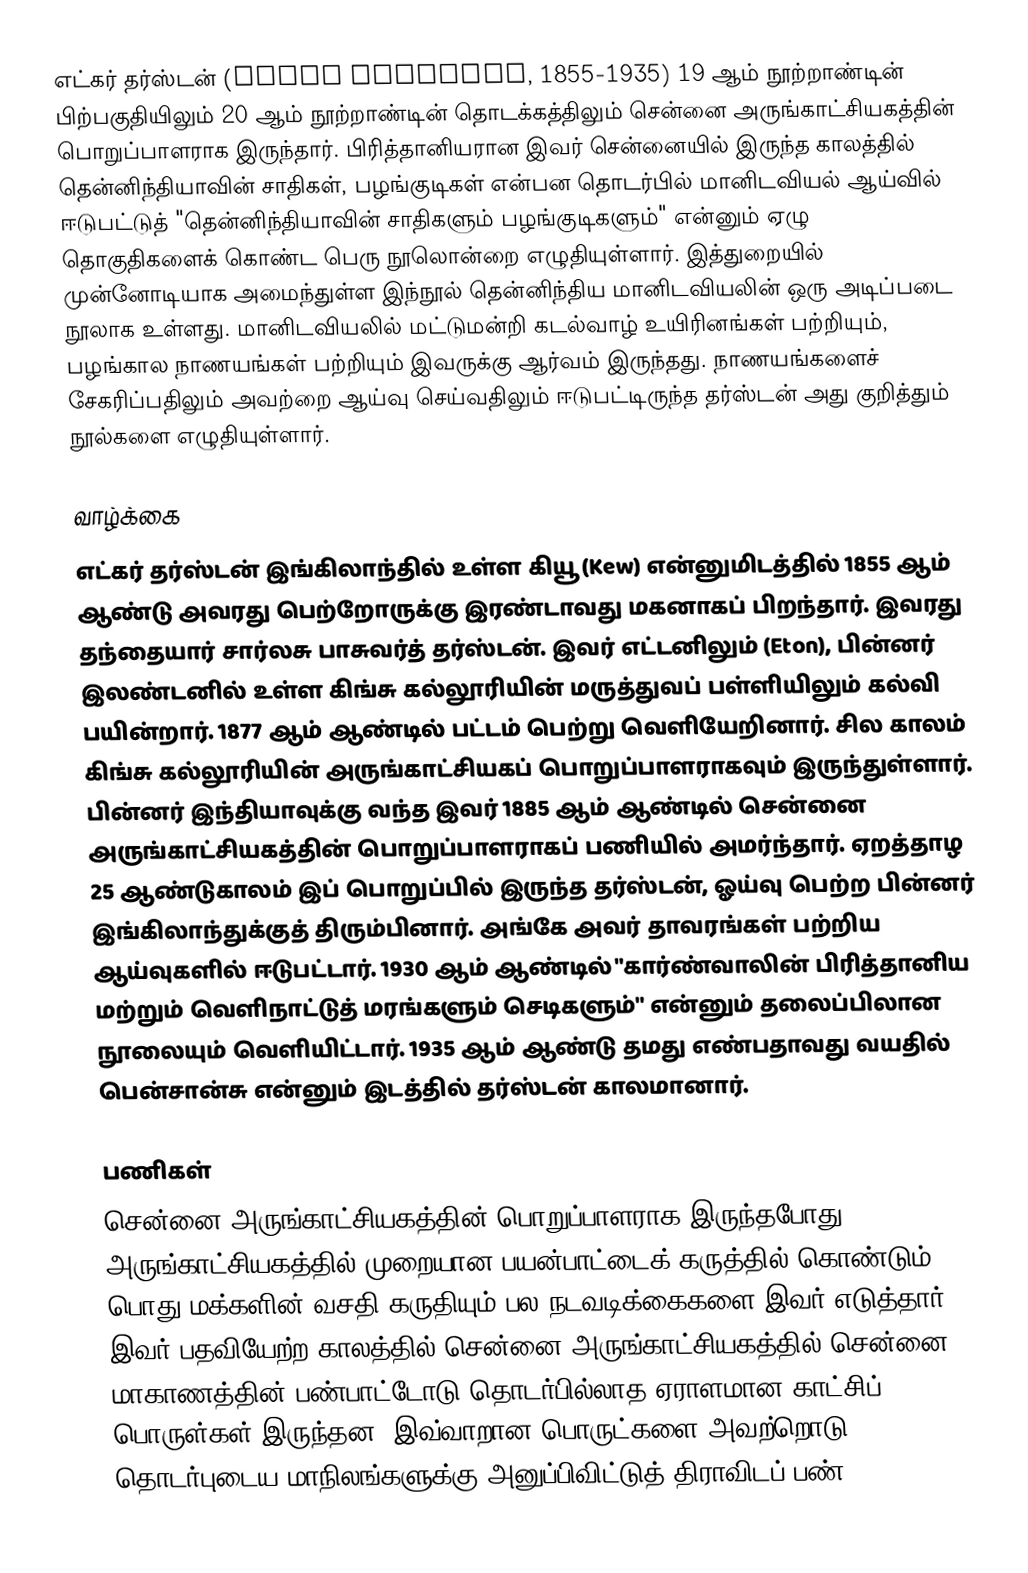
எட்கர் தர்ஸ்டன் (Edgar Thurston, 1855-1935) 19 ஆம் நூற்றாண்டின் பிற்பகுதியிலும் 20 ஆம் நூற்றாண்டின் தொடக்கத்திலும் சென்னை அருங்காட்சியகத்தின் பொறுப்பாளராக இருந்தார். பிரித்தானியரான இவர் சென்னையில் இருந்த காலத்தில் தென்னிந்தியாவின் சாதிகள், பழங்குடிகள் என்பன தொடர்பில் மானிடவியல் ஆய்வில் ஈடுபட்டுத் "தென்னிந்தியாவின் சாதிகளும் பழங்குடிகளும்" என்னும் ஏழு தொகுதிகளைக் கொண்ட பெரு நூலொன்றை எழுதியுள்ளார். இத்துறையில் முன்னோடியாக அமைந்துள்ள இந்நூல் தென்னிந்திய மானிடவியலின் ஒரு அடிப்படை நூலாக உள்ளது. மானிடவியலில் மட்டுமன்றி கடல்வாழ் உயிரினங்கள் பற்றியும், பழங்கால நாணயங்கள் பற்றியும் இவருக்கு ஆர்வம் இருந்தது. நாணயங்களைச் சேகரிப்பதிலும் அவற்றை ஆய்வு செய்வதிலும் ஈடுபட்டிருந்த தர்ஸ்டன் அது குறித்தும் நூல்களை எழுதியுள்ளார்.

வாழ்க்கை
எட்கர் தர்ஸ்டன் இங்கிலாந்தில் உள்ள கியூ (Kew) என்னுமிடத்தில் 1855 ஆம் ஆண்டு அவரது பெற்றோருக்கு இரண்டாவது மகனாகப் பிறந்தார். இவரது தந்தையார் சார்லசு பாசுவர்த் தர்ஸ்டன். இவர் எட்டனிலும் (Eton), பின்னர் இலண்டனில் உள்ள கிங்சு கல்லூரியின் மருத்துவப் பள்ளியிலும் கல்வி பயின்றார். 1877 ஆம் ஆண்டில் பட்டம் பெற்று வெளியேறினார். சில காலம் கிங்சு கல்லூரியின் அருங்காட்சியகப் பொறுப்பாளராகவும் இருந்துள்ளார். பின்னர் இந்தியாவுக்கு வந்த இவர் 1885 ஆம் ஆண்டில் சென்னை அருங்காட்சியகத்தின் பொறுப்பாளராகப் பணியில் அமர்ந்தார். ஏறத்தாழ 25 ஆண்டுகாலம் இப் பொறுப்பில் இருந்த தர்ஸ்டன், ஓய்வு பெற்ற பின்னர் இங்கிலாந்துக்குத் திரும்பினார். அங்கே அவர் தாவரங்கள் பற்றிய ஆய்வுகளில் ஈடுபட்டார். 1930 ஆம் ஆண்டில் "கார்ண்வாலின் பிரித்தானிய மற்றும் வெளிநாட்டுத் மரங்களும் செடிகளும்" என்னும் தலைப்பிலான நூலையும் வெளியிட்டார். 1935 ஆம் ஆண்டு தமது எண்பதாவது வயதில் பென்சான்சு என்னும் இடத்தில் தர்ஸ்டன் காலமானார்.

பணிகள்
சென்னை அருங்காட்சியகத்தின் பொறுப்பாளராக இருந்தபோது, அருங்காட்சியகத்தில் முறையான பயன்பாட்டைக் கருத்தில் கொண்டும் பொது மக்களின் வசதி கருதியும் பல நடவடிக்கைகளை இவர் எடுத்தார். இவர் பதவியேற்ற காலத்தில் சென்னை அருங்காட்சியகத்தில் சென்னை மாகாணத்தின் பண்பாட்டோடு தொடர்பில்லாத ஏராளமான காட்சிப் பொருள்கள் இருந்தன. இவ்வாறான பொருட்களை அவற்றொடு தொடர்புடைய மாநிலங்களுக்கு அனுப்பிவிட்டுத் திராவிடப் பண்